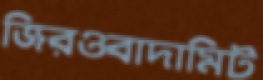
জিরওবাদামিট